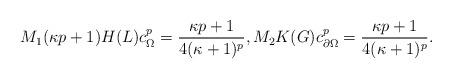
LaTeX: \begin{align*} M_1(\kappa p+1) H(L) c_\Omega^p&=\frac{\kappa p+1}{4(\kappa+1)^p},M_2K(G) c_{\partial\Omega}^p=\frac{\kappa p+ 1}{4(\kappa+1)^p}. \end{align*}